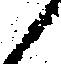
候